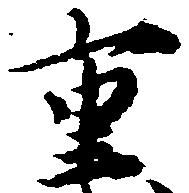
重